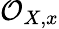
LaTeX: {\mathcal{O}}_{X,x}